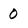
Character: 0